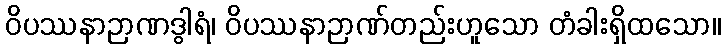
ဝိပဿနာဉာဏဒွါရံ၊ ဝိပဿနာဉာဏ်တည်းဟူသော တံခါးရှိထသော။